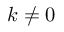
k \ne 0